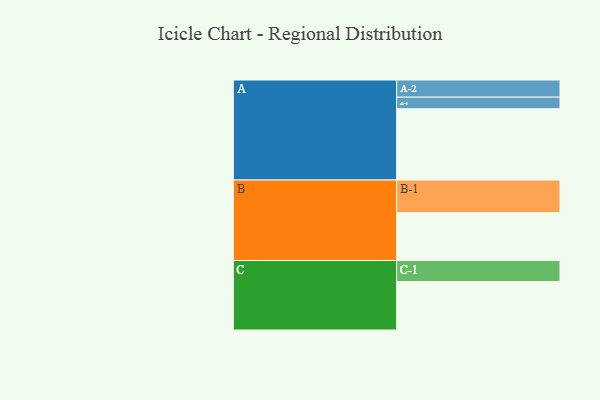
{"axis": {"x": "Segment", "y": "Value"}, "legend": ["", "A", "B", "C"], "data": [{"x": "A", "y": 598, "type": ""}, {"x": "B", "y": 401, "type": ""}, {"x": "C", "y": 407, "type": ""}, {"x": "A-1", "y": 97, "type": "A"}, {"x": "A-2", "y": 144, "type": "A"}, {"x": "B-1", "y": 274, "type": "B"}, {"x": "C-1", "y": 176, "type": "C"}]}